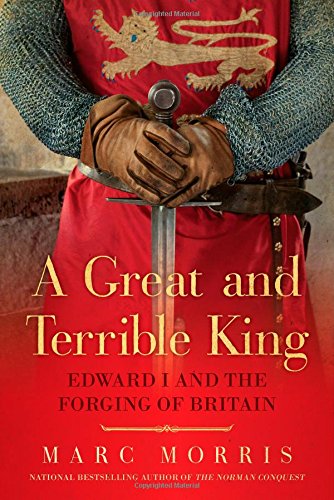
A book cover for A Great and Terrible King: Edward I and the Forging of Britain; Marc Morris; Biographies & Memoirs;